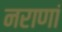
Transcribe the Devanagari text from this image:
नराणां